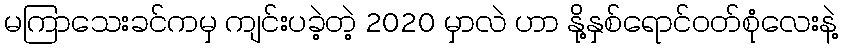
မကြာသေးခင်ကမှ ကျင်းပခဲ့တဲ့ 2020 မှာလဲ ဟာ နို့နှစ်ရောင်ဝတ်စုံလေးနဲ့